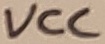
Text: VCC